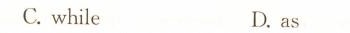
C. while D. as